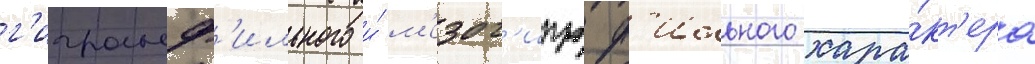
г'игроф'ильного и́ м'езог'игроф'ильного хара́кт'ера